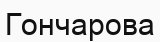
Гончарова